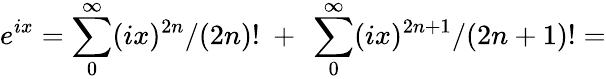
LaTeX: e^{ix}=\sum_{0}^{\infty}(ix)^{2n}/(2n)!\ +\ \sum_{0}^{\infty}(ix)^{2n+1}/(2n+1)!=